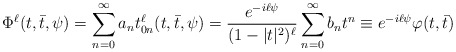
\begin{align*} \Phi^\ell(t,\bar t,\psi) = \sum_{n=0}^{\infty}a_n t^\ell_{0n}(t,\bar t,\psi) = \frac{e^{-i\ell\psi}}{(1-|t|^2)^\ell} \sum_{n=0}^{\infty}b_n t^n \equiv e^{-i\ell\psi}\varphi(t,\bar t)\,\end{align*}